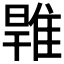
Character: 𨿑